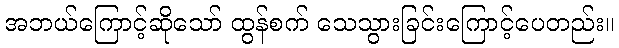
အဘယ်ကြောင့်ဆိုသော် ထွန်စက် သေသွားခြင်းကြောင့်ပေတည်း။